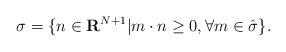
LaTeX: \begin{align*}\sigma =\{n \in {\bf R}^{N+1} | m \cdot n \geq 0, \forall m \in \hat \sigma\}.\end{align*}